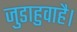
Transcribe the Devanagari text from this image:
जुडाहुवाहै।